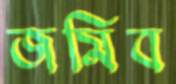
জমিব